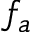
f _ { a }